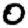
Digit: 0